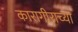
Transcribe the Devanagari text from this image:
कारागीराच्या